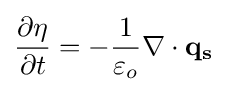
{\frac {\partial \eta }{\partial t}}=-{\frac {1}{\varepsilon _{o}}}\nabla \cdot \mathbf {q_{s}}